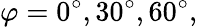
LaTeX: \varphi=0^{\circ},30^{\circ},60^{\circ},